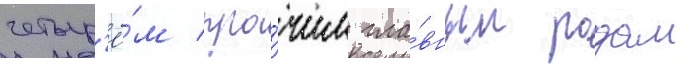
четыр'ё́м про́чим гла́вным родам